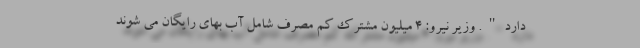
دارد". وزیر نیرو: 4 میلیون مشترک کم مصرف شامل آب‌ بهای رایگان می شوند